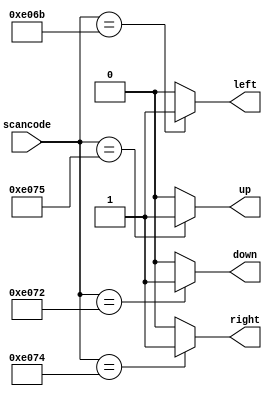
// synthesis verilog_input_version verilog_2001
module top_module (
    input [15:0] scancode,
    output reg left,
    output reg down,
    output reg right,
    output reg up  ); 


    always @(*) begin
        
        left = 1'b0; right = 1'b0; up = 1'b0; down = 1'b0;

        case (scancode)

            16'he06b: left = 1'b1;
            16'he072: down = 1'b1;
            16'he074: right = 1'b1;
            16'he075: up = 1'b1;
            // no need for default case as statements on line 12 handle it

        endcase

    end

endmodule